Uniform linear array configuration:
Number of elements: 32
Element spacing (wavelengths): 0.25
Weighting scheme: hann
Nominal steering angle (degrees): -30
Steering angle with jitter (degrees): -30.082
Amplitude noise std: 0.05
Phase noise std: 0.05

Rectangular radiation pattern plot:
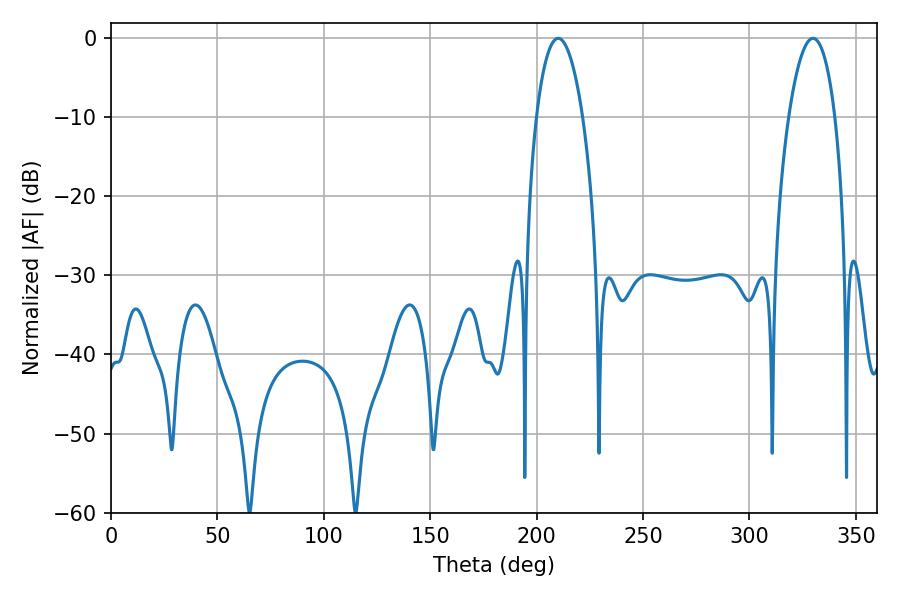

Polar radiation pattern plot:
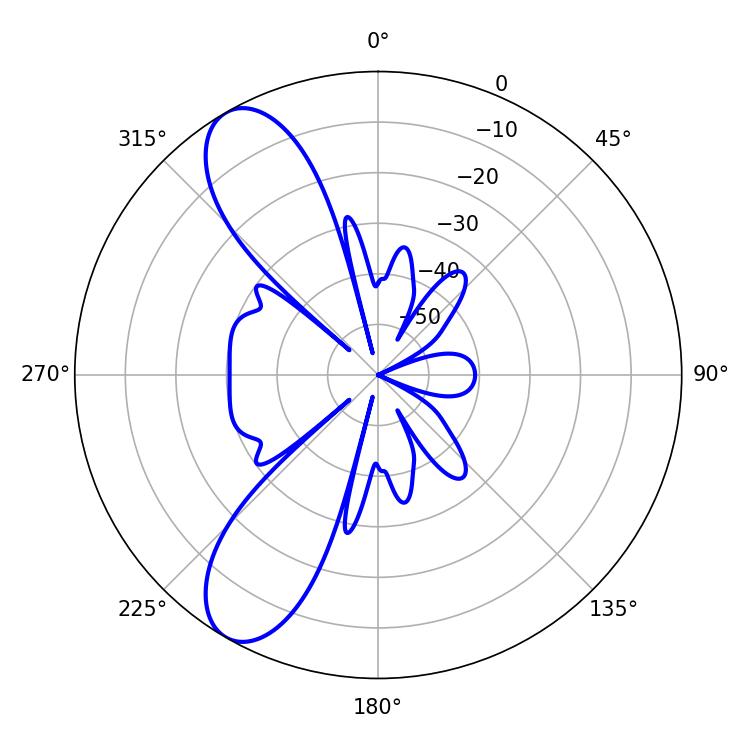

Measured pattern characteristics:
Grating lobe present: FALSE
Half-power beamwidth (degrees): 12.06
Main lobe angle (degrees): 210.06